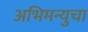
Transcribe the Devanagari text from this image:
अभिमन्युचा